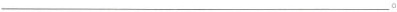
___。